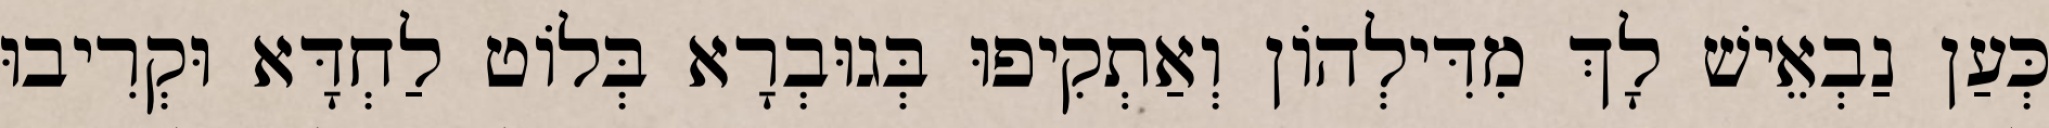
כְּעַן נַבְאֵישׁ לָךְ מִדִּילְהוֹן וְאַתְקִיפוּ בְּגוּבְרָא בְּלוֹט לַחְדָּא וּקְרִיבוּ